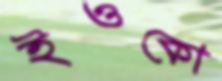
ইওকো